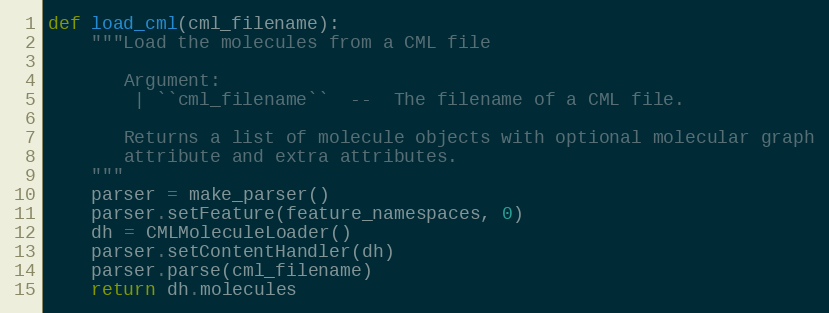
Language: Python
def load_cml(cml_filename):
    """Load the molecules from a CML file

       Argument:
        | ``cml_filename``  --  The filename of a CML file.

       Returns a list of molecule objects with optional molecular graph
       attribute and extra attributes.
    """
    parser = make_parser()
    parser.setFeature(feature_namespaces, 0)
    dh = CMLMoleculeLoader()
    parser.setContentHandler(dh)
    parser.parse(cml_filename)
    return dh.molecules